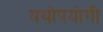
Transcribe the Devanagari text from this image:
यथोपयोगी